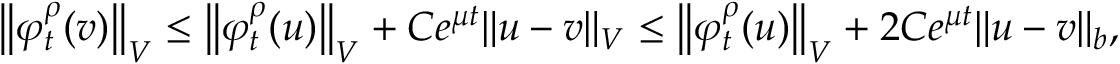
\left\Vert \varphi _ { t } ^ { \rho } ( v ) \right\Vert _ { V } \leq \left\Vert \varphi _ { t } ^ { \rho } ( u ) \right\Vert _ { V } + C e ^ { \mu t } \Vert u - v \Vert _ { V } \leq \left\Vert \varphi _ { t } ^ { \rho } ( u ) \right\Vert _ { V } + 2 C e ^ { \mu t } \Vert u - v \Vert _ { b } ,